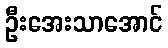
ဦးအေးသာအောင်